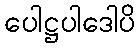
ပေါဋ္ဌပါဒေါပိ